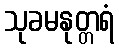
သုခမနုတ္တရံ